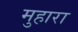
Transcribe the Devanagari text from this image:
मुहारा